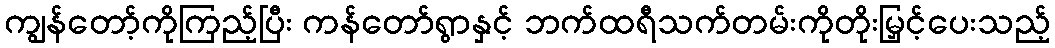
ကျွန်တော့်ကိုကြည့်ပြီး ကန်တော်ရွာနှင့် ဘက်ထရီသက်တမ်းကိုတိုးမြှင့်ပေးသည့်